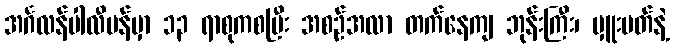
အင်္ဂလန်ပါလီမန်မှာ ၁၃ ရာစုကစပြီး အစဉ်အလာ တက်နေကျ ဘုန်းကြီး၊ မှူးမတ်နဲ့